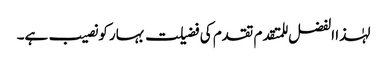
لہٰذا الفضل للمتقدم تقدم کی فضیلت بہار کو نصیب ہے۔